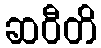
ဆဝီတိ